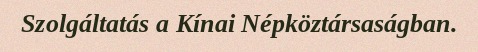
Szolgáltatás a Kínai Népköztársaságban.